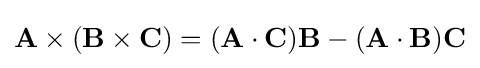
\mathbf {A} \times (\mathbf {B} \times \mathbf {C} )=(\mathbf {A} \cdot \mathbf {C} )\mathbf {B} -(\mathbf {A} \cdot \mathbf {B} )\mathbf {C}